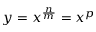
y = x ^ { \frac { n } { m } } = x ^ { p }